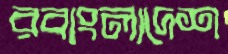
রবাংলাদেশ